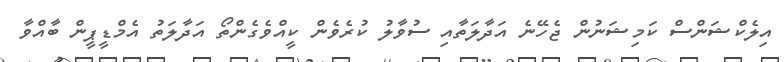
އިލެކްޝަންސް ކަމިޝަނުން ޖެހޭނެ އަދާލަތާއި ސުވާލު ކުރެވެން ކީއްވެގެންތޯ އަދާލަތު އެމްޑީޕީން ބާއްވާ